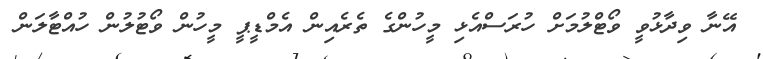
އޭނާ ވިދާޅުވީ ވޯޓްލުމަށް ހުރަސްއެޅި މީހުންގެ ތެރެއިން އެމްޑީޕީ މީހުން ވޯޓުލުން ހުއްޓާލަން